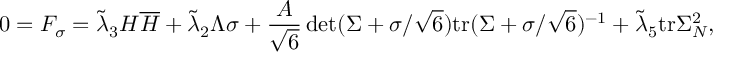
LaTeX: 0 = F _ { \sigma } = \tilde { \lambda } _ { 3 } H \overline { { { H } } } + \tilde { \lambda } _ { 2 } \Lambda \sigma + \frac { { \cal A } } { \sqrt { 6 } } \operatorname * { d e t } ( \Sigma + \sigma / \sqrt { 6 } ) \mathrm { t r } ( \Sigma + \sigma / \sqrt { 6 } ) ^ { - 1 } + \tilde { \lambda } _ { 5 } \mathrm { t r } { \Sigma _ { N } ^ { 2 } } ,